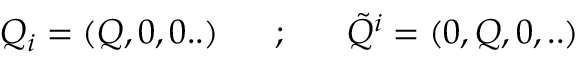
Q _ { i } = ( Q , 0 , 0 . . ) ~ ~ ~ ~ ~ ; ~ ~ ~ ~ ~ { \tilde { Q } } ^ { i } = ( 0 , Q , 0 , . . )